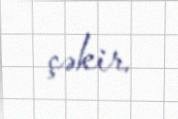
çəkir.